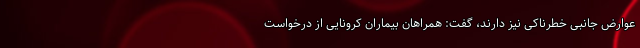
عوارض جانبی خطرناکی نیز دارند، گفت: همراهان بیماران کرونایی از درخواست